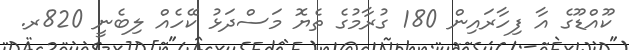
ކޫއްޑޫގެ އާ ފިހާރައިން 180 ގުރާމުގެ ތެޔޮ މަސްދަޅު ކޭހެއް ލިބެނީ 820ރ.